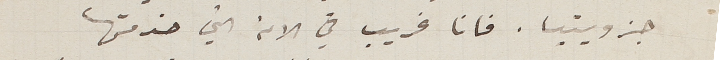
جزويتيا. فانا غريب في الامة التي خدمتها